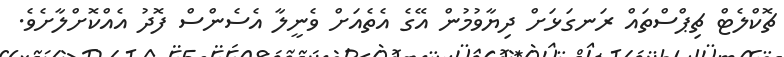
ޗޮކްލެޓް ޗިޕްސްތައް ރަނގަޅަށް ދިޔާވުމުން އޭގެ އެތެއަށް ވެނީލާ އެސެންސް ފޮދު އެއްކޮށްލާށެވެ.